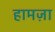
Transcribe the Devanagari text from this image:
हामज़ा